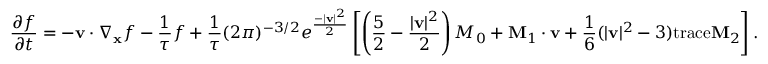
\frac { \partial f } { \partial t } = - \mathbf { v } \cdot \nabla _ { \mathbf { x } } f - \frac { 1 } { \tau } f + \frac { 1 } { \tau } ( 2 \pi ) ^ { - 3 / 2 } e ^ { \frac { - | \mathbf { v } | ^ { 2 } } { 2 } } \left[ \left( \frac { 5 } { 2 } - \frac { | \mathbf { v } | ^ { 2 } } { 2 } \right) M _ { 0 } + \mathbf { M } _ { 1 } \cdot \mathbf { v } + \frac { 1 } { 6 } ( | \mathbf { v } | ^ { 2 } - 3 ) \mathrm { t r a c e } \mathbf { M } _ { 2 } \right] .